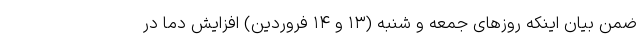
ضمن بیان اینکه روز‌های جمعه و شنبه (۱۳ و ۱۴ فروردین) افزایش دما در